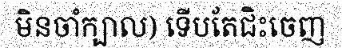
មិនចាំក្បាល) ទើបតែជិះចេញ